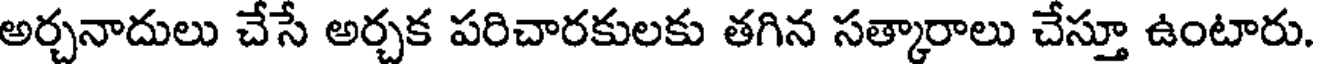
అర్చనాదులు చేసే అర్చక పరిచారకులకు తగిన సత్కారాలు చేస్తూ ఉంటారు.